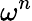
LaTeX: \omega^{n}